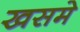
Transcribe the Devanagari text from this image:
खसमे